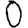
Digit: 0